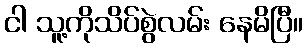
ငါ သူ့ကိုသိပ်စွဲလမ်း နေမိပြီ။